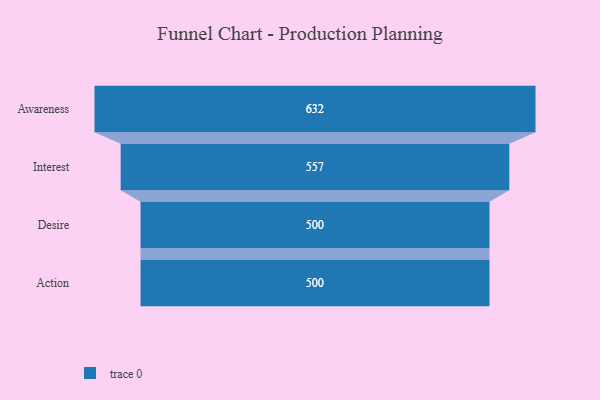
{"axis": {"x": "Stage", "y": "Value"}, "legend": [""], "data": [{"x": "Awareness", "y": 632.0, "type": ""}, {"x": "Interest", "y": 557.0, "type": ""}, {"x": "Desire", "y": 500, "type": ""}, {"x": "Action", "y": 500, "type": ""}]}